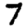
Digit: 7